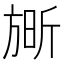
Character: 𮲘